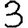
Digit: 3